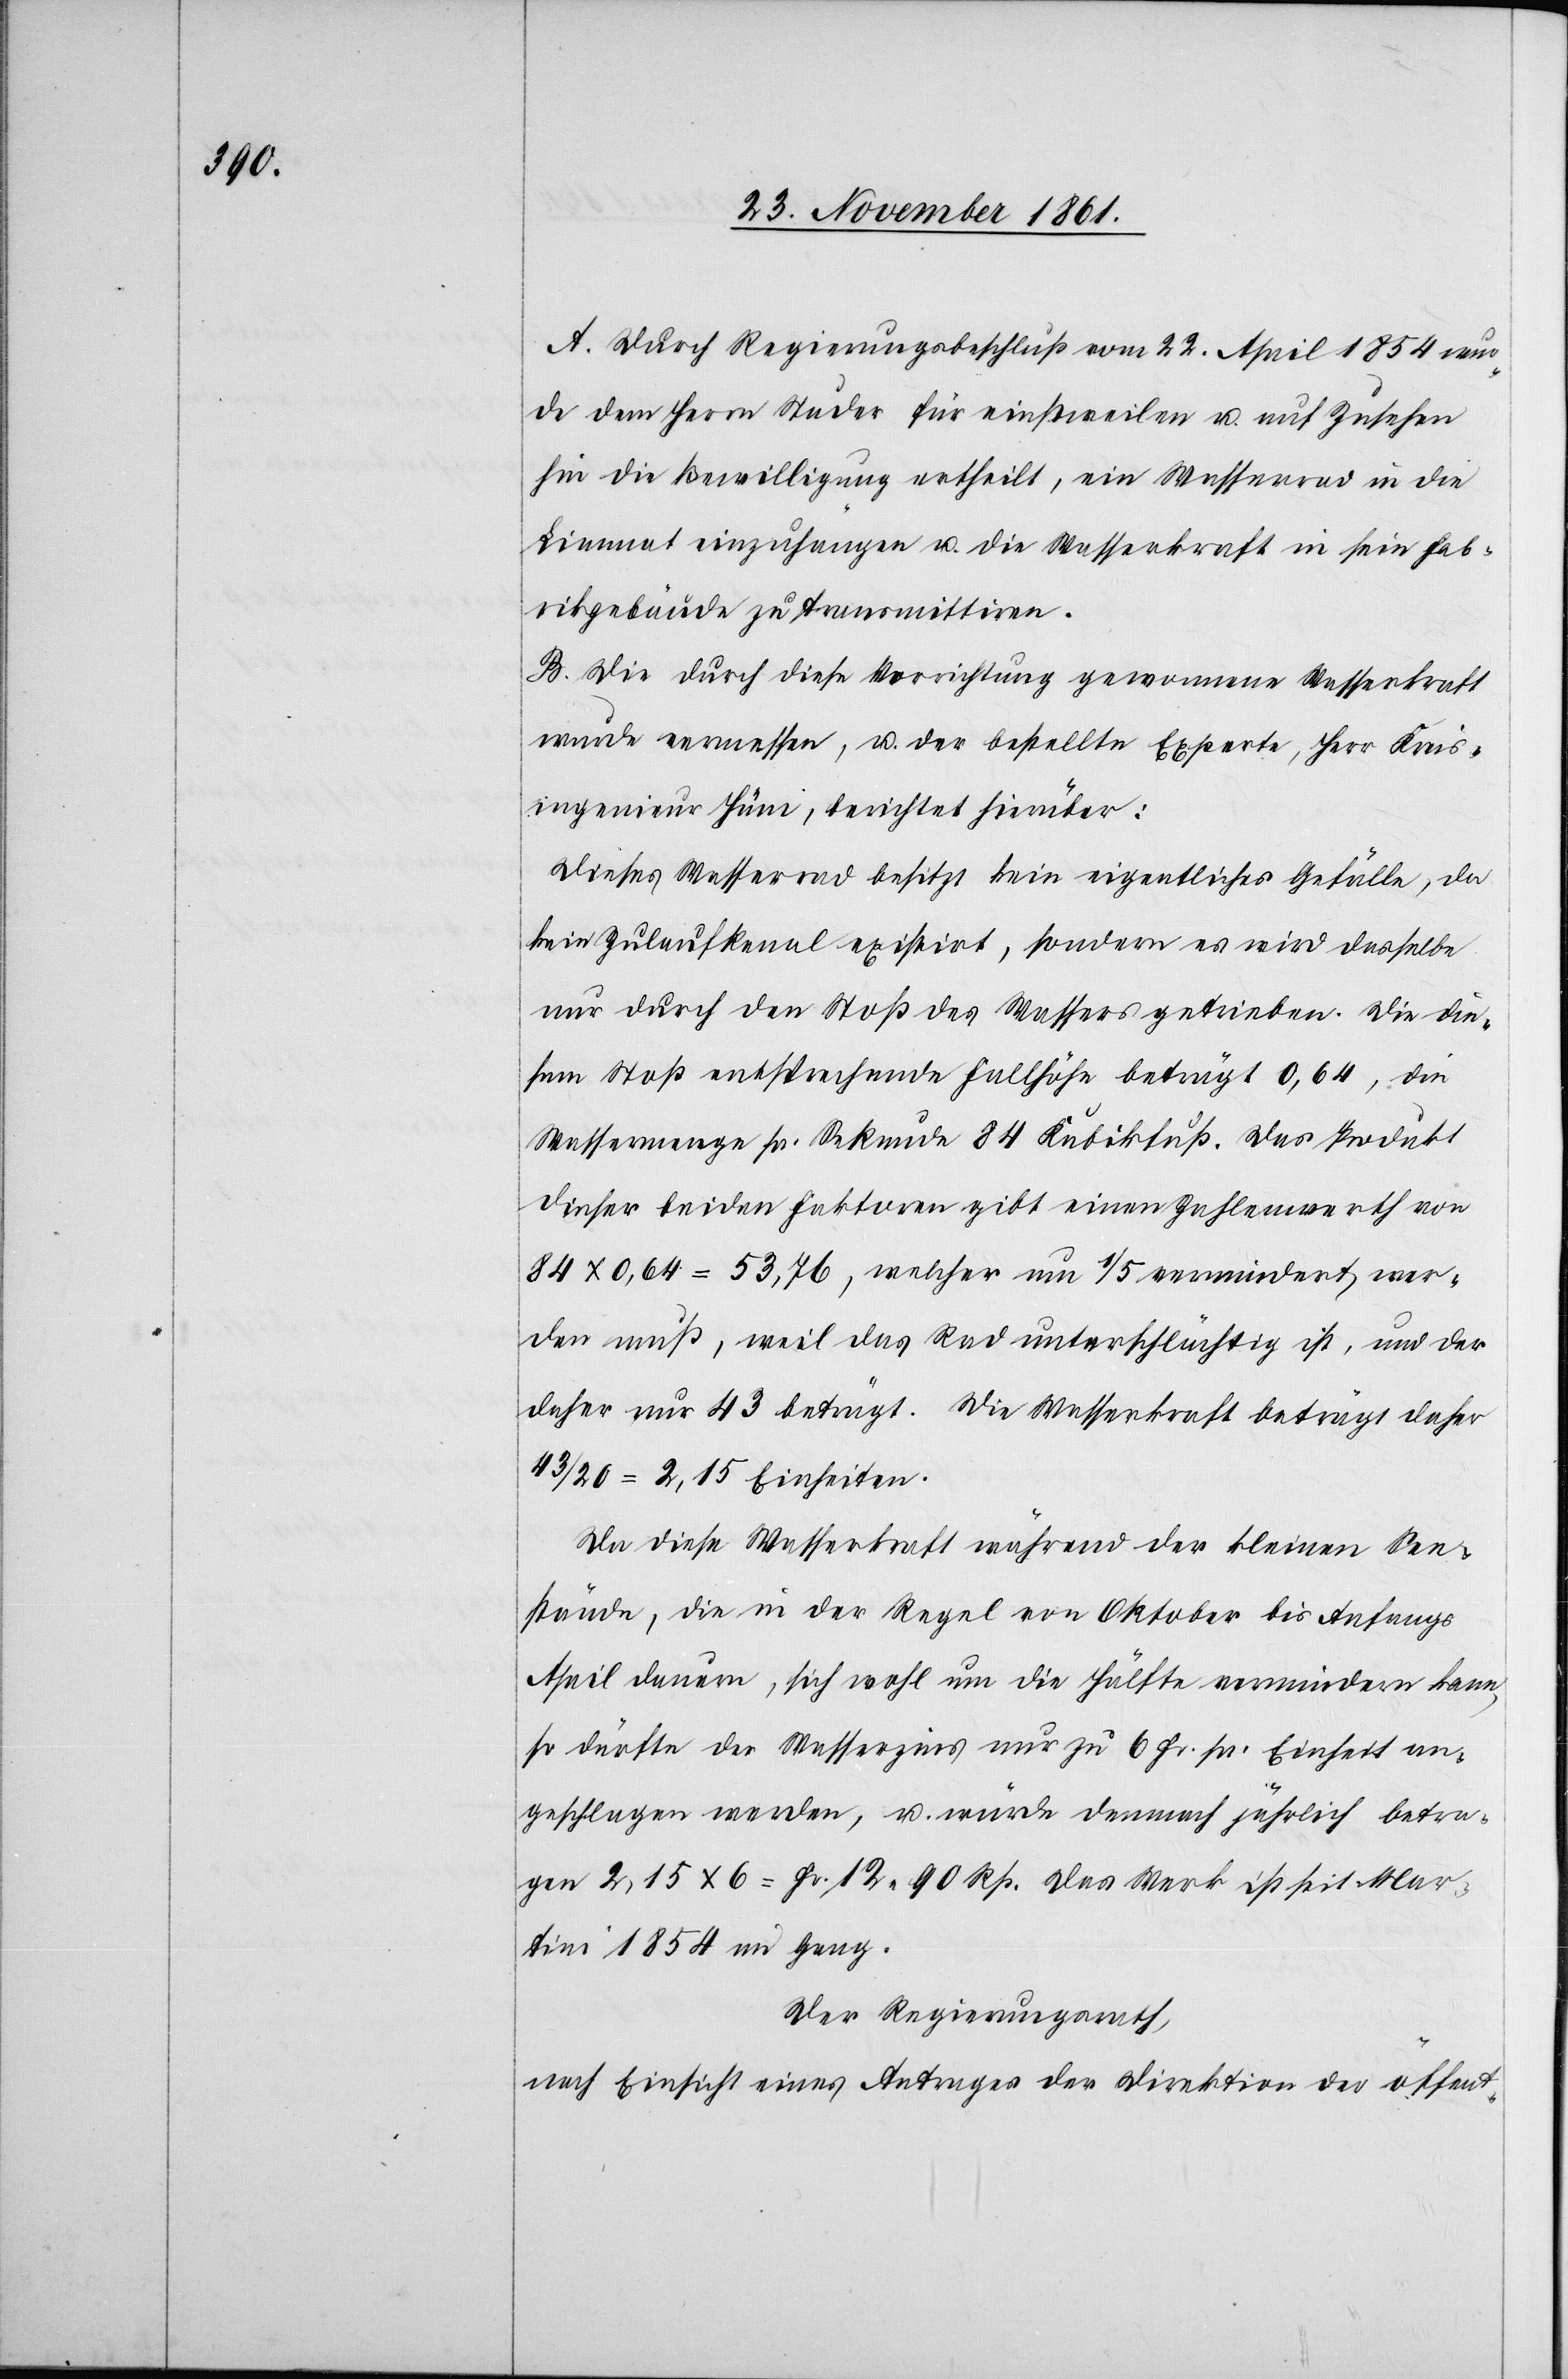
A. Durch Regierungsbeschluß vom 22 April 1854 wur¬
de dem Herrn Studer für einstweilen u. auf Zusehen
hin die Bewilligung ertheilt, ein Wasserrad in die
Limmat einzuhängen u. die Wasserkraft in sein Fab¬
rikgebäude zu transmittiren.
B. Die durch diese Vorrichtung gewonnene Wasserkraft
wurde vermessen, u. der bestellte Experte, Herr Kreis¬
ingenieur Hüni, berichtet hierüber:
Dieses Wasserrad besitzt kein eigentliches Gefälle, da
kein Zulaufkanal existirt, sondern es wird dasselbe
nur durch den Stoß des Wassers getrieben. Die die¬
sem Stoß entsprechende Fallhöhe beträgt 0,64, die
Wassermenge pr. Sekunde 84 Kubikfuß. Das Produkt
dieser beiden Faktoren gibt einen Zahlenwerth von
84 x 0,64 = 53,76, welcher um 1/5 vermindert wer¬
den muß, weil das Rad unterschlächtig ist, und der
daher nur 43 beträgt. Die Wasserkraft beträgt daher
43 / 26 = 2,15 Einheiten.
Da diese Wasserkraft während der kleinen See¬
stände die in der Regel von Oktober bis Anfangs
April dauern, sich wohl um die Hälfte vermindern kann
so dürfte der Wasserzins nur zu 6 Fr. pr. Einheit an¬
geschlagen werden, u. würde demnach jährlich betra¬
gen 2,15 x 6 = Fr. 12. 90 Rp. Das Werk ist seit Mar¬
tini 1854 im Gang.
Der Regierungsrath,
nach Einsicht eines Antrages der Direktion der öffent-